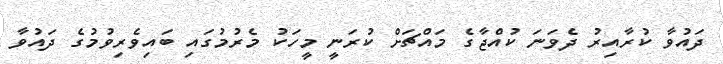
ދައުވާ ކުރާއިރު ދެވަނަ ކުއްޖާގެ މައްޗަށް ކުރަނީ މީހަކު މެރުމުގައި ބައިވެރިވުމުގެ ދައުވާ